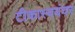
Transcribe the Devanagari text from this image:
टीकास्वयंवर